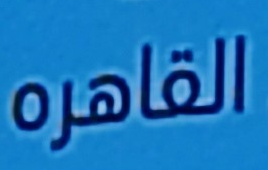
القاهره